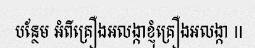
បន្ថែម អំពីគ្រឿងអលង្កាខ្ញុំគ្រឿងអលង្កា II